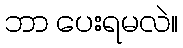
ဘာ ပေးရမလဲ။